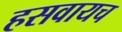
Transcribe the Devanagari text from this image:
हसवायच